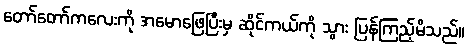
တော်တော်ကလေးကို အမောဖြေပြီးမှ ဆိုင်ကယ်ကို သွား ပြန်ကြည့်မိသည်။